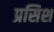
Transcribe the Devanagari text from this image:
प्रसिश